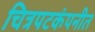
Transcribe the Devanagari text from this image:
चित्रपटकंपनीत